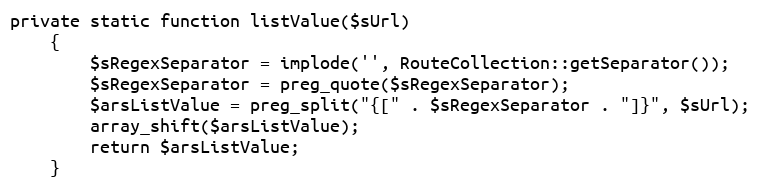
Language: PHP
private static function listValue($sUrl)
    {
        $sRegexSeparator = implode('', RouteCollection::getSeparator());
        $sRegexSeparator = preg_quote($sRegexSeparator);
        $arsListValue = preg_split("{[" . $sRegexSeparator . "]}", $sUrl);
        array_shift($arsListValue);
        return $arsListValue;
    }